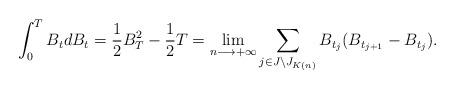
LaTeX: \begin{align*}\displaystyle \int_{0}^{T} B_{t} dB_{t}=\displaystyle \frac{1}{2} B_{T}^2 -\frac{1}{2} T=\displaystyle \lim_{\substack{n\longrightarrow +\infty}} \sum_{\substack{j\in J\setminus J_{K(n)}}} B_{t_{j}}(B_{t_{j+1}}-B_{t_{j}}).\end{align*}